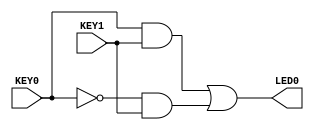
// Copyright (C) 2020  Intel Corporation. All rights reserved.
// Your use of Intel Corporation's design tools, logic functions 
// and other software and tools, and any partner logic 
// functions, and any output files from any of the foregoing 
// (including device programming or simulation files), and any 
// associated documentation or information are expressly subject 
// to the terms and conditions of the Intel Program License 
// Subscription Agreement, the Intel Quartus Prime License Agreement,
// the Intel FPGA IP License Agreement, or other applicable license
// agreement, including, without limitation, that your use is for
// the sole purpose of programming logic devices manufactured by
// Intel and sold by Intel or its authorized distributors.  Please
// refer to the applicable agreement for further details, at
// https://fpgasoftware.intel.com/eula.

// PROGRAM		"Quartus Prime"
// VERSION		"Version 20.1.1 Build 720 11/11/2020 SJ Lite Edition"
// CREATED		"Mon Dec 06 12:44:17 2021"

module comb_logic(
	KEY0,
	KEY1,
	LED0
);


input wire	KEY0;
input wire	KEY1;
output wire	LED0;

wire	SYNTHESIZED_WIRE_0;
wire	SYNTHESIZED_WIRE_1;
wire	SYNTHESIZED_WIRE_2;




assign	SYNTHESIZED_WIRE_2 = SYNTHESIZED_WIRE_0 & KEY1;

assign	SYNTHESIZED_WIRE_1 = KEY0 & KEY1;

assign	SYNTHESIZED_WIRE_0 =  ~KEY0;

assign	LED0 = SYNTHESIZED_WIRE_1 | SYNTHESIZED_WIRE_2;


endmodule